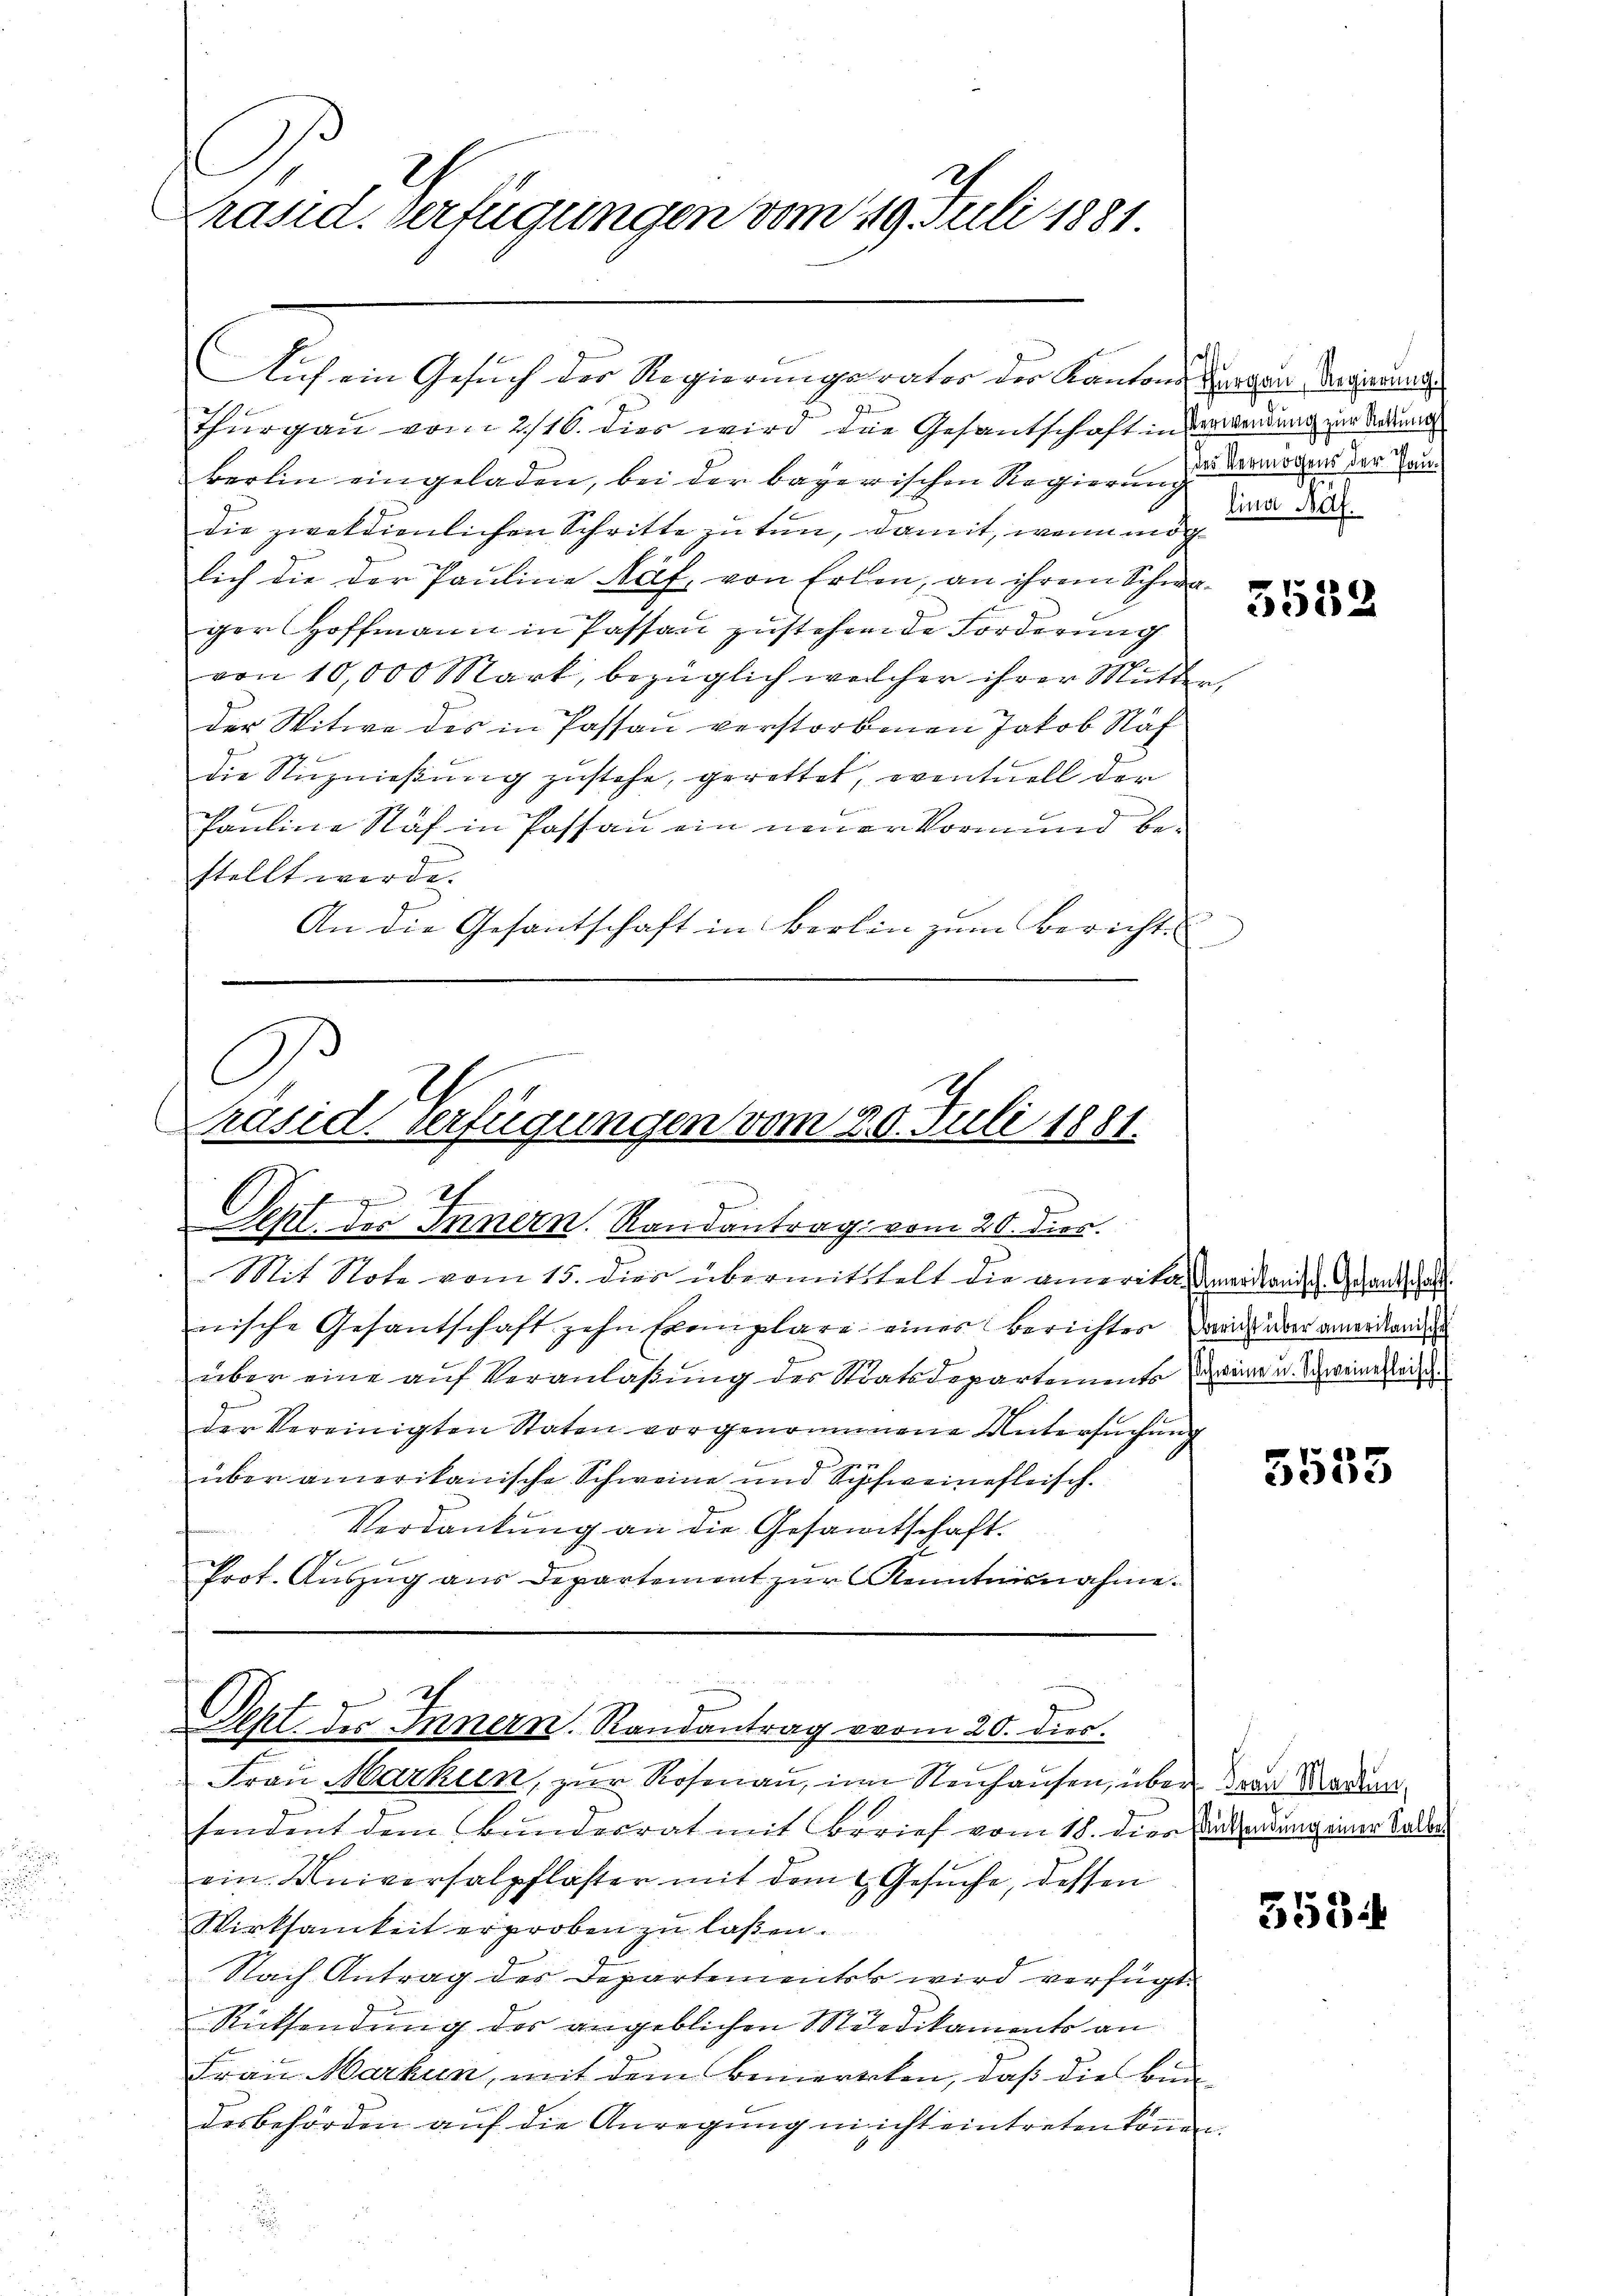
Präsid. Verfügungen vom 29. Juli 1881

Auch ein Gesuch der Regierungsrater der Kantons Tragen Regierung
Thurgau vom 2/16. dies wird die Gesandschaft in Verwendung zum Namen
berlin eingeladen, bei der bayerischen Regierung
die zwekdienlichen Schritte zu tun, damit, wenn mög
lich die der Pauline Näf, von Erlen, an ihrem Schwager Hoffmann in Passau zustehende Forderung
von 10,000 Mart, bezüglich welcher ihrer Mutter,
der Witwe des in Passau verstorbenen Jakob Näf
die Nutznießung zustehe, gerettet, eventuell der

Pauline Näf in Passau ein neuer Vormund bestellt werde.
An die Gesantschaft in Berlin zum Bericht.

Mit Note vom 15. dies übermittelt die amerika, Amerikanisch. Gesandtschaf
nische Gesantschaft zehn Exemplare eines Berichter das aber anerkenden
über eine auf Veranlaßung des Staatsdepartemento den u. Schweine Weise
der Vereinigten Staten vorgenommene Untersŭchŭng
über amerikanische Schweine und Schweinefleisch.
Verdankung an die Gesamtschaft.
Prot. Auszug aus Departement zur Kenntnisnahme.

C
Präsid. Verfügungen vom 20. Juli 1881.

Sept. des Innern. Randantrag vom 20. dies

Sept. des Innern. Randantrag vom 20. dies.

Frau Markten, zur Rosenau, im Neuhausen, über der Marien.
hendent dem Bunderrat mit Brief vom 18. dies Antheidung einer Kollen
ein Universalpflaster mit dem Gesuche, dessen
Wirksamkeit erproben zu laßen.
Nach Antrag des Departementes wird verfügt:
Rücksendung des angeblichen Medikaments an
Frau Markun, mit dem Bemerkten, daß die Bundesbehörden auf die Anregung nicht eintreten können
d

des Vermögens der Paulina Käf.

5552

5553

3534